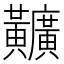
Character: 𪏪